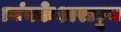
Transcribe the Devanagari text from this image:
त्र्यंबकेश्वराहून